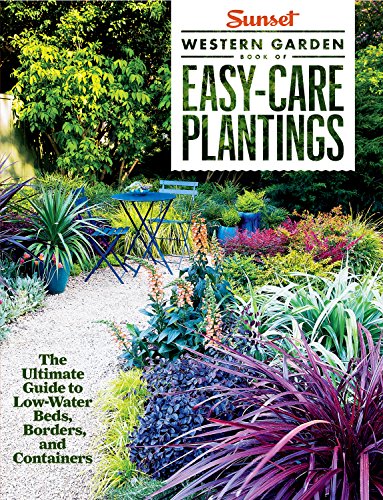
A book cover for Sunset Western Garden Book of Easy-Care Plantings: The Ultimate Guide to Low-Water Beds, Borders, and Containers; The Editors of Sunset Magazine; Crafts, Hobbies & Home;